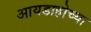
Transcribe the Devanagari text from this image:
आयडाहोच्या